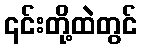
၎င်းတို့ထဲတွင်